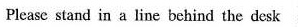
Plcase stand in a line behind the desk